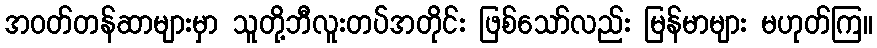
အဝတ်တန်ဆာများမှာ သူတို့ဘီလူးတပ်အတိုင်း ဖြစ်သော်လည်း မြန်မာများ မဟုတ်ကြ။